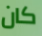
كان